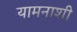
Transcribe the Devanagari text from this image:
यामनाशी